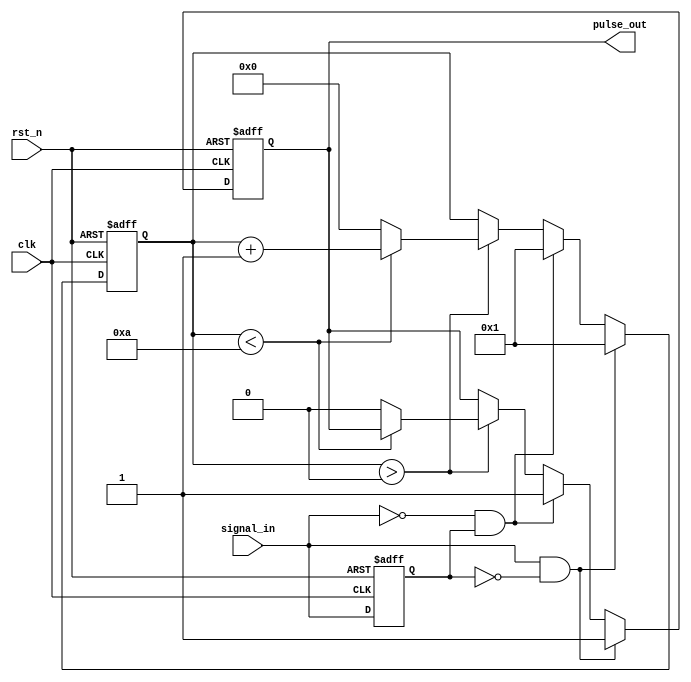
module MonostableEdgeDetector (
    input wire clk,          // Clock input
    input wire rst_n,       // Active low reset
    input wire signal_in,    // Input signal to detect edges
    output reg pulse_out     // Output pulse signal
);

    // Parameters
    parameter PULSE_WIDTH = 10; // Pulse width in clock cycles

    // Internal signals
    reg signal_prev;           // Previous state of the input signal
    reg [3:0] pulse_counter;   // Counter for pulse width

    // Edge detection and pulse generation
    always @(posedge clk or negedge rst_n) begin
        if (!rst_n) begin
            signal_prev <= 1'b0;
            pulse_out <= 1'b0;
            pulse_counter <= 4'b0000;
        end else begin
            // Edge detection
            if (signal_in && !signal_prev) begin
                // Rising edge detected
                pulse_out <= 1'b1; // Start pulse
                pulse_counter <= 4'b0001; // Initialize counter
            end else if (!signal_in && signal_prev) begin
                // Falling edge detected
                pulse_out <= 1'b1; // Start pulse
                pulse_counter <= 4'b0001; // Initialize counter
            end else if (pulse_counter > 0) begin
                // Pulse generation logic
                if (pulse_counter < PULSE_WIDTH) begin
                    pulse_counter <= pulse_counter + 1; // Increment counter
                end else begin
                    pulse_out <= 1'b0; // End pulse
                    pulse_counter <= 4'b0000; // Reset counter
                end
            end
            
            // Update previous state
            signal_prev <= signal_in;
        end
    end

endmodule